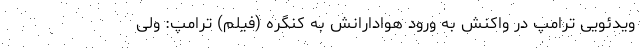
ویدئویی ترامپ در واکنش به ورود هوادارانش به کنگره (فیلم) ترامپ: ولی